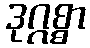
ဒုဂ္ဂစ္စာ